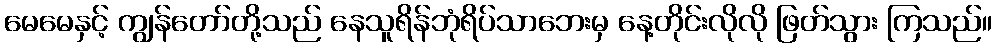
မေမေနှင့် ကျွန်တော်တို့သည် နေသူရိန်ဘုံရိပ်သာဘေးမှ နေ့တိုင်းလိုလို ဖြတ်သွား ကြသည်။